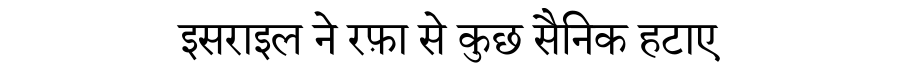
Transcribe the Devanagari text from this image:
इसराइल ने रफ़ा से कुछ सैनिक हटाए